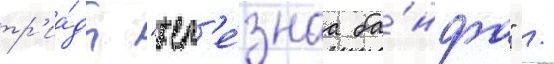
тр'иа́ды "жел'е́знаа ба́нда" /